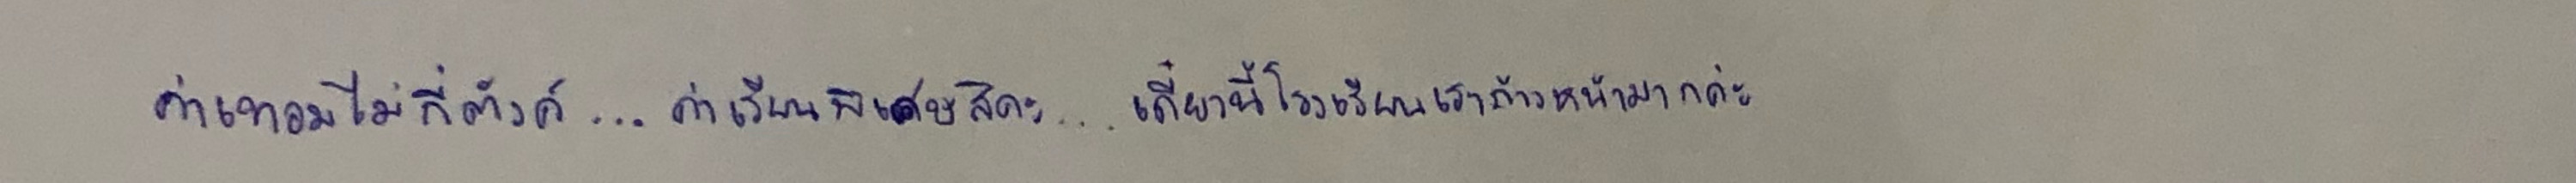
ค่าเทอมไม่กี่ตังค์...ค่าเรียนพิเศษสิคะ...เดี๋ยวนี้โรงเรียนเราก้าวหน้ามากค่ะ